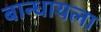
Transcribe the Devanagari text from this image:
बान्धायला